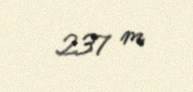
237 m